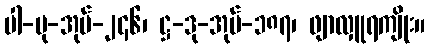
ပါ-ပု-အုပ်-၂၄၆၊ ဋ္ဌ-ဒု-အုပ်-၁၈၇၊ ဖျာလှူရကျိုး။